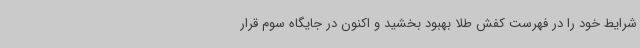
شرایط خود را در فهرست کفش طلا بهبود بخشید و اکنون در جایگاه سوم قرار